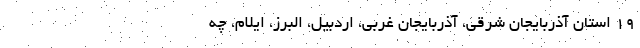
١٩ استان آذربایجان شرقی، آذربایجان غربی، اردبیل، البرز، ایلام، چه